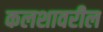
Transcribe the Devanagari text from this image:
कलशावरील